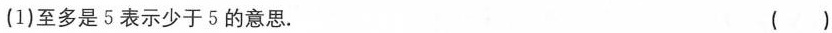
(1)至多是5表示少于5的意思。 ()